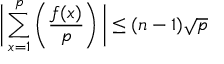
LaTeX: { \biggl | } \sum _ { x = 1 } ^ { p } \left( { \frac { f ( x ) } { p } } \right) { \biggr | } \leq ( n - 1 ) { \sqrt { p } }